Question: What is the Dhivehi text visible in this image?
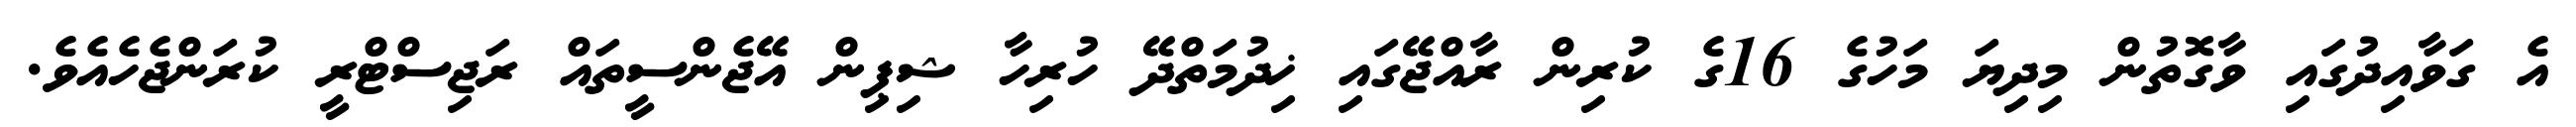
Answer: އެ ގަވާއިދުގައި ވާގޮތުން މިދިޔަ މަހުގެ 16ގެ ކުރިން ރާއްޖޭގައި ޚިދުމަތްދޭ ހުރިހާ ޝިޕިން އޭޖެންސީތައް ރަޖިސްޓްރީ ކުރަންޖެހެއެވެ.